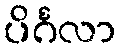
ပိင်္ဂလာ